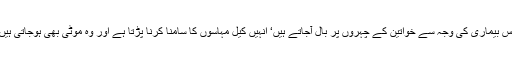
اس بیماری کی وجہ سے خواتین کے چہروں پر بال آجاتے ہیں‘ انہیں کیل مہاسوں کا سامنا کرنا پڑتا ہے اور وہ موٹی بھی ہوجاتی ہیں۔